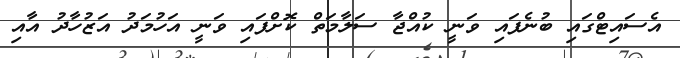
އެސައިޓްގައި ބުނެފައި ވަނީ ކުއްޖާ ސަލާމަތް ކޮށްފައި ވަނީ އަހުމަދު އަޒުހާދު އާއި